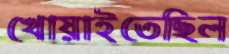
খোয়াইতেছিল